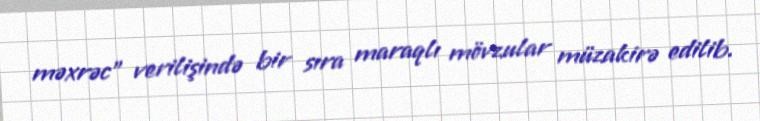
məxrəc" verilişində bir sıra maraqlı mövzular müzakirə edilib.